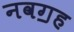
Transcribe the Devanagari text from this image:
नवॻह